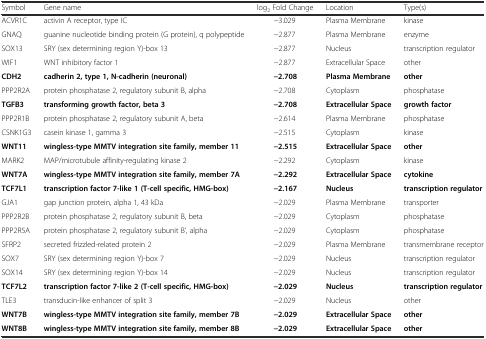
| Symbol | Gene name | log2 Fold Change | Location | Type(s) |
 | --- | --- | --- | --- | --- |
 | ACVR1C | activin A receptor, type IC | −3.029 | Plasma Membrane | kinase |
 | GNAQ | guanine nucleotide binding protein (G protein), q polypeptide | −2.877 | Plasma Membrane | enzyme |
 | SOX13 | SRY (sex determining region Y)-box 13 | −2.877 | Nucleus | transcription regulator |
 | WIF1 | WNT inhibitory factor 1 | −2.877 | Extracellular Space | other |
 | CDH2 | cadherin 2, type 1, N-cadherin (neuronal) | −2.708 | Plasma Membrane | other |
 | PPP2R2A | protein phosphatase 2, regulatory subunit B, alpha | −2.708 | Cytoplasm | phosphatase |
 | TGFB3 | transforming growth factor, beta 3 | −2.708 | Extracellular Space | growth factor |
 | PPP2R1B | protein phosphatase 2, regulatory subunit A, beta | −2.614 | Plasma Membrane | phosphatase |
 | CSNK1G3 | casein kinase 1, gamma 3 | −2.515 | Cytoplasm | kinase |
 | WNT11 | wingless-type MMTV integration site family, member 11 | −2.515 | Extracellular Space | other |
 | MARK2 | MAP/microtubule affinity-regulating kinase 2 | −2.292 | Cytoplasm | kinase |
 | WNT7A | wingless-type MMTV integration site family, member 7A | −2.292 | Extracellular Space | cytokine |
 | TCF7L1 | transcription factor 7-like 1 (T-cell specific, HMG-box) | −2.167 | Nucleus | transcription regulator |
 | GJA1 | gap junction protein, alpha 1, 43 kDa | −2.029 | Plasma Membrane | transporter |
 | PPP2R2B | protein phosphatase 2, regulatory subunit B, beta | −2.029 | Cytoplasm | phosphatase |
 | PPP2R5A | protein phosphatase 2, regulatory subunit B’, alpha | −2.029 | Cytoplasm | phosphatase |
 | SFRP2 | secreted frizzled-related protein 2 | −2.029 | Plasma Membrane | transmembrane receptor |
 | SOX7 | SRY (sex determining region Y)-box 7 | −2.029 | Nucleus | transcription regulator |
 | SOX14 | SRY (sex determining region Y)-box 14 | −2.029 | Nucleus | transcription regulator |
 | TCF7L2 | transcription factor 7-like 2 (T-cell specific, HMG-box) | −2.029 | Nucleus | transcription regulator |
 | TLE3 | transducin-like enhancer of split 3 | −2.029 | Nucleus | other |
 | WNT7B | wingless-type MMTV integration site family, member 7B | −2.029 | Extracellular Space | other |
 | WNT8B | wingless-type MMTV integration site family, member 8B | −2.029 | Extracellular Space | other |